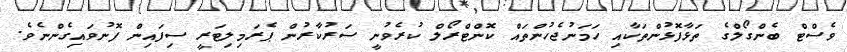
ވެސްޓް ބެންގޯލްގެ ތަޅާފޮޅުންތަކާއި ހަމަނުޖެހުންތައް ކޮންޓްރޯލް ކުރެވުނީ ސަރުކާރުން ޕެރަމިލިޓަރީ ސިފައިން ފޮނުވައިގެންނެވެ.